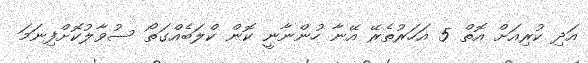
އަދި ކުރިއަށް އޮތް 5 އަހަރުތެރޭ އޭނާ ހުންނާނީ ކޮން ކްލަބެއްގަތޯ ސުވާލުކޮށްފިނަމަ